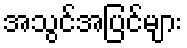
အသွင်အပြင်များ